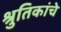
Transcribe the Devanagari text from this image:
श्रुतिकांचे